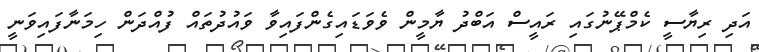
އަދި ރިޔާސީ ކެމްޕޭނުގައި ރައީސް އަބްދު ޔާމީން ވެވަޑައިގެންފައިވާ ވައުދުތައް ފުއްދަން ހިމަނާފައިވަނީ